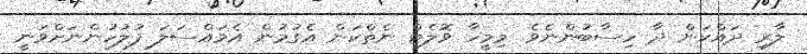
ލާރި ދައްކަން ދާ ހިސާބުންނެވެ. މިމީހާ ވޮލެޓް ނެތްކަން އެގުމުން އެމައްސަލަ ފުލުހުންނަށްވަނީ